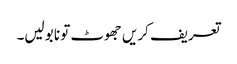
تعریف کریں جھوٹ تو نا بولیں۔